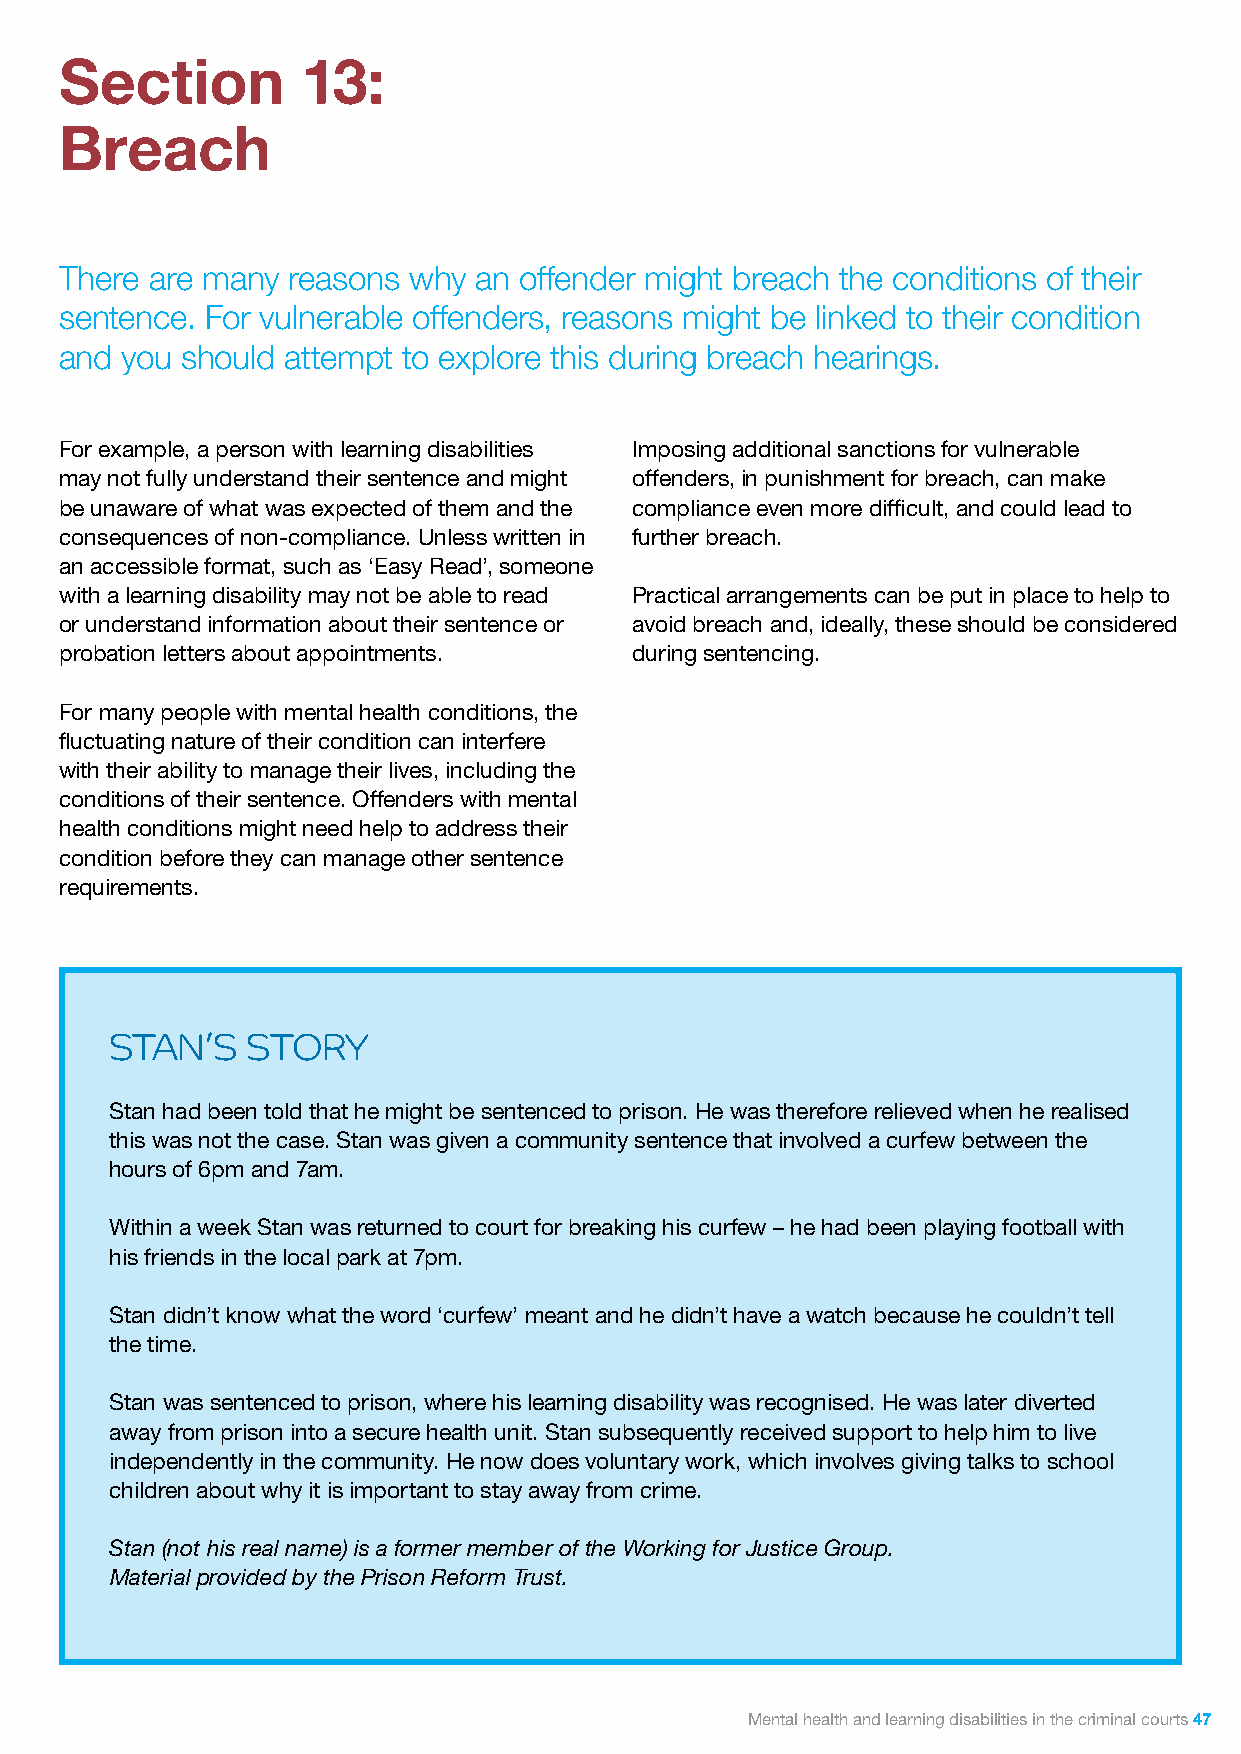
Section         13:
 Breach
 There are many reasons why an offender might breach the conditions of their
 sentence. For vulnerable offenders, reasons might be linked to their condition
 and you should attempt to explore this during breach hearings.
 For example, a person with learning disabilities Imposing additional sanctions for vulnerable
 may not fully understand their sentence and might offenders, in punishment for breach, can make
 be unaware of what was expected of them and the compliance even more difficult, and could lead to
 consequences of non-compliance. Unless written in further breach.
 an accessible format, such as ‘Easy Read’, someone
 with a learning disability may not be able to read Practical arrangements can be put in place to help to
 or understand information about their sentence or avoid breach and, ideally, these should be considered
 probation letters about appointments. during sentencing.
 For many people with mental health conditions, the
 fluctuating nature of their condition can interfere
 with their ability to manage their lives, including the
 conditions of their sentence. Offenders with mental
 health conditions might need help to address their
 condition before they can manage other sentence
 requirements.
 STAN’S   STORY
 Stan had been told that he might be sentenced to prison. He was therefore relieved when he realised
 this was not the case. Stan was given a community sentence that involved a curfew between the
 hours of 6pm and 7am.
 Within a week Stan was returned to court for breaking his curfew – he had been playing football with
 his friends in the local park at 7pm.
 Stan didn’t know what the word ‘curfew’ meant and he didn’t have a watch because he couldn’t tell
 the time.
 Stan was sentenced to prison, where his learning disability was recognised. He was later diverted
 away from prison into a secure health unit. Stan subsequently received support to help him to live
 independently in the community. He now does voluntary work, which involves giving talks to school
 children about why it is important to stay away from crime.
 Stan (not his real name) is a former member of the Working for Justice Group.
 Material provided by the Prison Reform Trust.
 Mental health and learning disabilities in the criminal courts 47